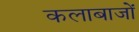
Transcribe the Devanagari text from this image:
कलाबाजों